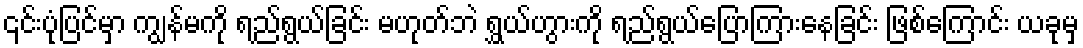
၎င်းပုံပြင်မှာ ကျွန်မကို ရည်ရွယ်ခြင်း မဟုတ်ဘဲ ရွှယ်ဟွားကို ရည်ရွယ်ပြောကြားနေခြင်း ဖြစ်ကြောင်း ယခုမှ